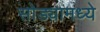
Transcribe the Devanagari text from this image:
सोड्यामध्ये